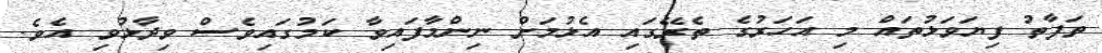
ތަފާތު ފިޔަވަޅުތައް މި އަހަރުގެ ތެރޭގައި އެޅުމަށް ނިންމާފައިވާ ކަމުގައިވެސް ވިދާޅުވި އެވެ.